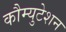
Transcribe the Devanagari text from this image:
कौम्युटेशन